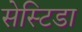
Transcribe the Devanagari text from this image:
सेस्टिडा